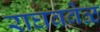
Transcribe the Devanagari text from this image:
राघववेळ